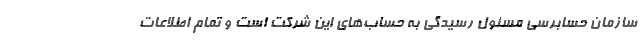
سازمان حسابرسی مسئول رسیدگی به حساب‌های این شرکت است و تمام اطلاعات